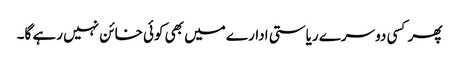
پھر کسی دوسرے ریاستی ادارے میں بھی کوئی خائن نہیں رہے گا۔